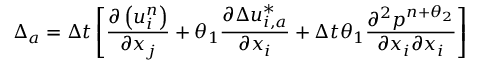
\Delta _ { a } = \Delta t \left[ \frac { \partial \left( u _ { i } ^ { n } \right) } { \partial { { x } _ { j } } } + { { \theta } _ { 1 } } \frac { \partial \Delta u _ { i , a } ^ { * } } { \partial { { x } _ { i } } } + \Delta t { { \theta } _ { 1 } } \frac { { { \partial } ^ { 2 } } { { p } ^ { n + { { \theta } _ { 2 } } } } } { \partial { { x } _ { i } } \partial { { x } _ { i } } } \right]